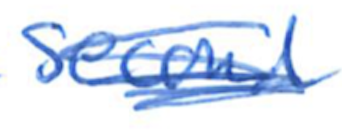
Text: second
Cross-out: scratch
Writing tool: ballpoint